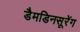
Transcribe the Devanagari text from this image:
डैमडिनसूरेंग